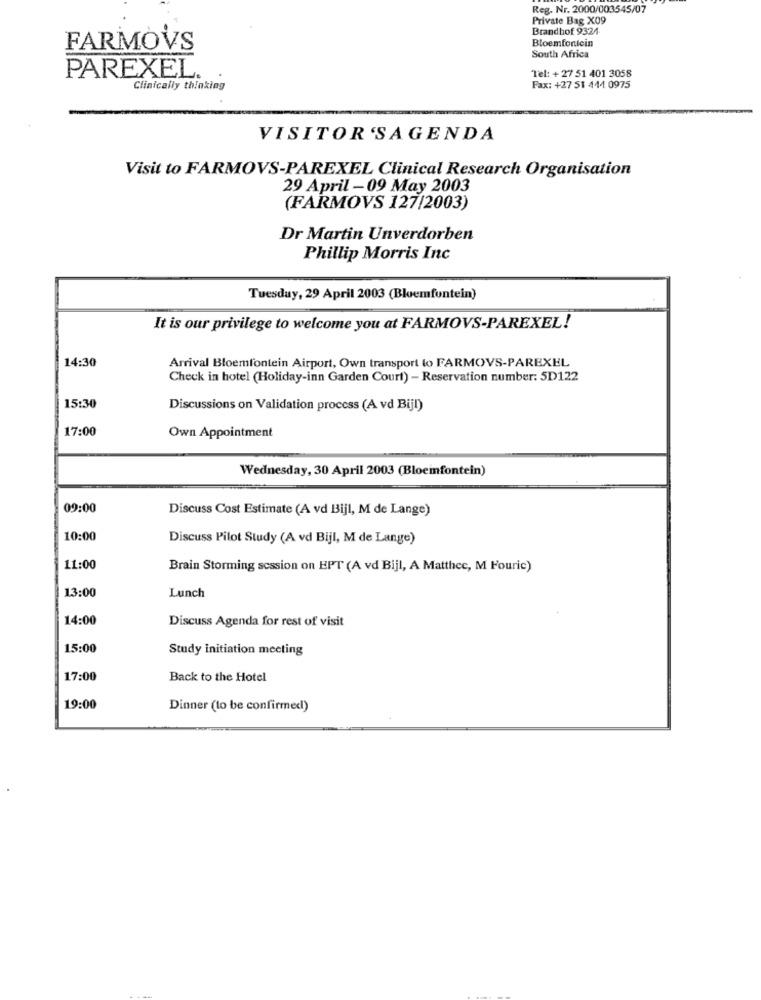
Reg. Nr. 2000/003545/07
Private Bag X09
Brandhof 9324
FARMOVS
Bloemfontein
South Africa
PAREXEL.
.
Tel: + 27 51 401 3058
Clinically thinking
Fax: +27 51 441 0975
VISITOR 'SAGENDA
Visit to FARMOVS-PAREXEL Clinical Research Organisation
29 April -09 May 2003
(FARMOVS 127/2003)
Dr Martin Unverdorben
Phillip Morris Inc
Tuesday, 29 April 2003 (Bloemfontein)
It is our privilege to welcome you at FARMOVS-PAREXEL!
14:30
Arrival Bloemfontein Airport, Own transport to FARMOVS-PAREXEL
Check in hotel (Holiday-inn Garden Court) - Reservation number: 5D122
15:30
Discussions on Validation process (A vd Bijl)
17:00
Own Appointment
Wednesday, 30 April 2003 (Bloemfontein)
09:00
Discuss Cost Estimate (A vd Bijl, M de Lange)
10:00
Discuss Pilot Study (A vd Bijl, M de Lange)
11:00
Brain Storming session on EPT (A vd Bijl, A Matthee, M Fouric)
13:00
Lunch
14:00
Discuss Agenda for rest of visit
15:00
Study initiation meeting
17:00
Back to the Hotel
19:00
Dinner (to be confirmed)